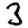
Digit: 3